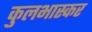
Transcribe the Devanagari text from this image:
कुलभास्कर